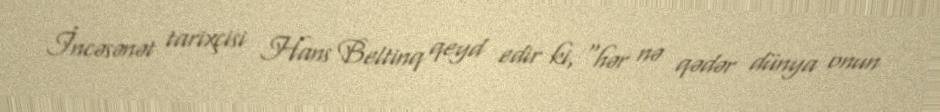
İncəsənət tarixçisi Hans Beltinq qeyd edir ki, “hər nə qədər dünya onun